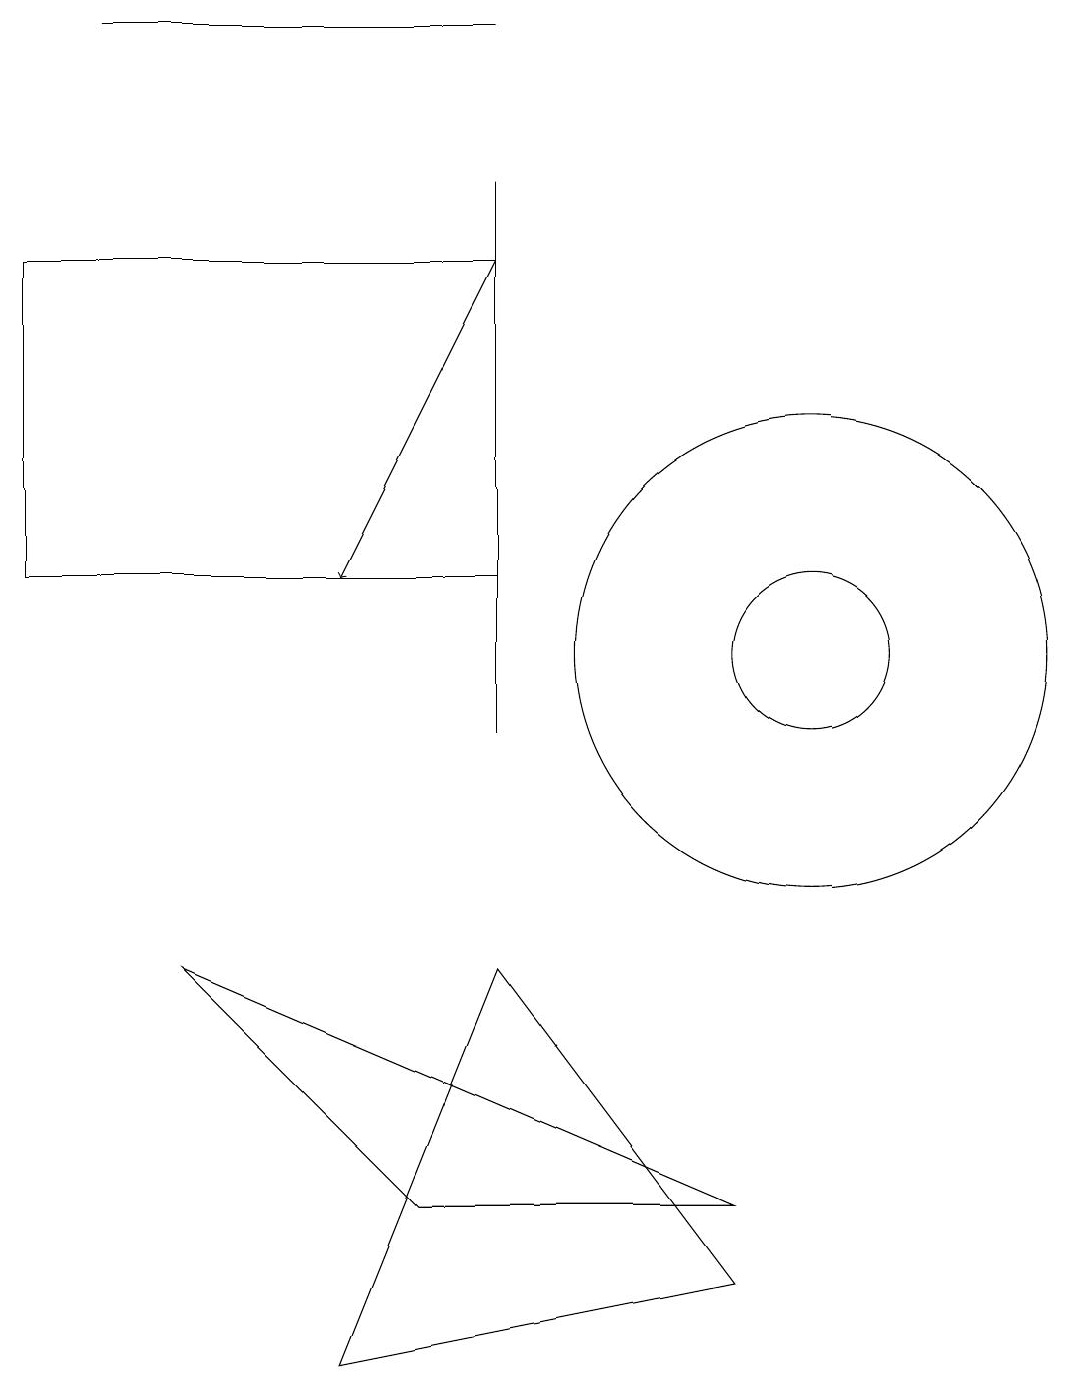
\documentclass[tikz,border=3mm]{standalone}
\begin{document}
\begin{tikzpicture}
\draw (6,12) rectangle (0,16);
\draw (6,19) rectangle (1,19);
\draw (10,11) circle (3);
\draw (6,7) -- (4,2) -- (9,3) -- cycle;
\draw (6,17) rectangle (6,10);
\draw (10,11) circle (1);
\draw[->] (6,16) -- (4,12);
\draw (9,4) -- (2,7) -- (5,4) -- cycle;
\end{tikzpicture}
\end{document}